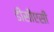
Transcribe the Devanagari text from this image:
डीसीएसी